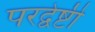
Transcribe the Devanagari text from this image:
परद्वेष्टी